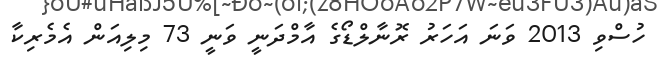
ހުސްވި 2013 ވަނަ އަހަރު ރޮނާލްޑޯގެ އާމްދަނީ ވަނީ 73 މިލިއަން އެމެރިކާ